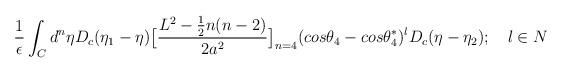
LaTeX: \begin{align*}\frac{1}{\epsilon}\int_Cd^n\eta D_c(\eta_1 - \eta)\big{[}\frac{L^2 - \frac{1}{2}n(n-2)}{2a^2}\big{]}_{n=4}(cos{\theta_4} - cos{\theta_4^*})^lD_c(\eta - \eta_2);~~~l \in N\end{align*}